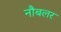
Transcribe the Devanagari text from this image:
नौबलर